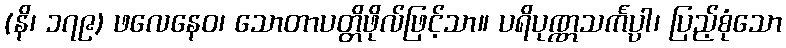
(နိ၊ ၁၇၉) ဖလေနေဝ၊ သောတာပတ္တိဖိုလ်ဖြင့်သာ။ ပရိပုဏ္ဏသင်္ကပ္ပါ၊ ပြည့်စုံသော